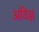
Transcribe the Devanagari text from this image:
अविज्ञ